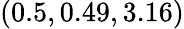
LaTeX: (0.5,0.49,3.16)